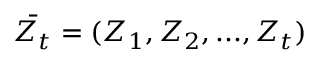
\bar { Z _ { t } } = ( Z _ { 1 } , Z _ { 2 } , . . . , Z _ { t } )